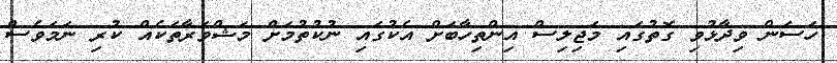
ހަސަން ވިދާޅުވި ގޮތުގައި މަޖިލިސް އިންތިހާބަށް އެކުގައި ނުކުތުމަށް މަޝްވަރާތަކެއް ކުރި ނަމަވެސް